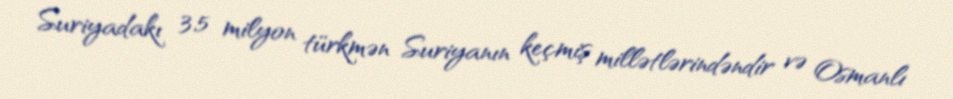
Suriyadakı 3,5 milyon türkmən Suriyanın keçmiş millətlərindəndir və Osmanlı